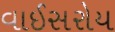
વાઈસરોય